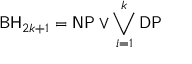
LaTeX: { \mathsf { B H } } _ { 2 k + 1 } = { \mathsf { N P } } \vee \bigvee _ { i = 1 } ^ { k } { \mathsf { D P } }